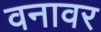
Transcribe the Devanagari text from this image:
वनावर